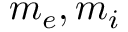
m _ { e } , m _ { i }